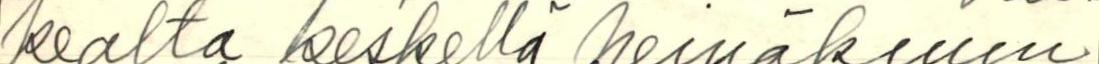
kealta keskellä heinäkuun